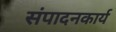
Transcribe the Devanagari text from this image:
संपादनकार्य